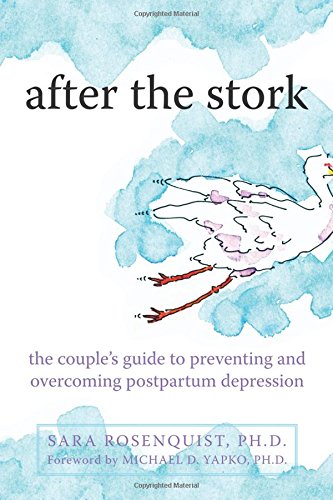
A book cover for After the Stork: The Couple's Guide to Preventing and Overcoming Postpartum Depression; Sara Rosenquist PhD; Health, Fitness & Dieting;